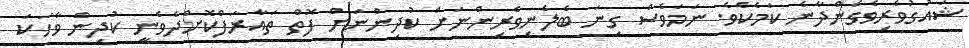
ޝައުގުވެރިވެގެންދާނެ ކަމެކެވެ. ނަމަވެސް ގިނަ ބެލެނިވެރިންނަށް ކުދިންނަށް ފޮތް ތައާރަފްކޮށްދެވެނީ ކުދިން ވާހަކަ